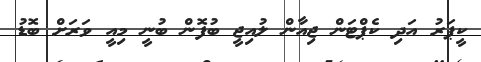
ކީޕަރު އަދި ކެޕްޓަން ޖިއާން ލުއިޖީ ބުފޮން ބުނީ މިއީ ވަރަށް ބޮޑު